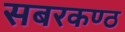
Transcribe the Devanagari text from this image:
सबरकण्ठ